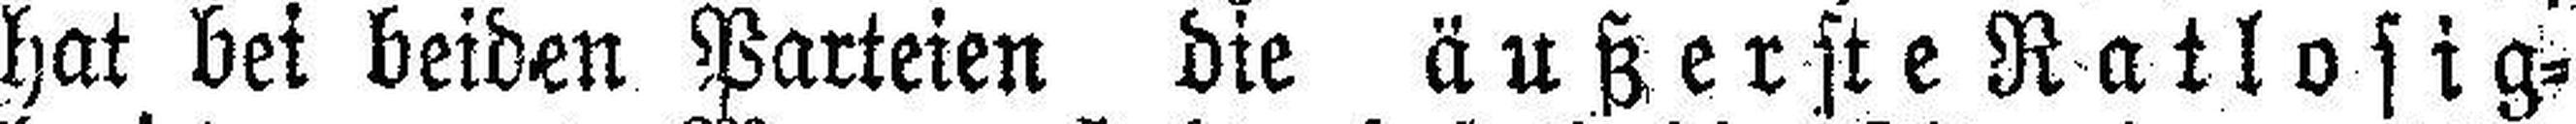
hat bei beiden Parteien die äußerste Ratlosig¬